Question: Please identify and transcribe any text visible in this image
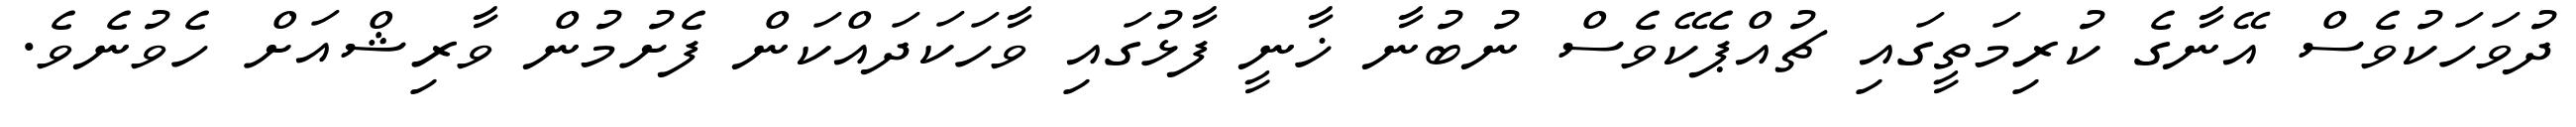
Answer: ދުވަހަކުވެސް އޭނާގެ ކުރިމަތީގައި ޗުއްޕެކޭވެސް ނުބުނާ ޚާނީ ފާޅުގައި ވާހަކަދައްކަން ފެށުމުން ވާރިޝްއަށް ހެވުނެވެ.